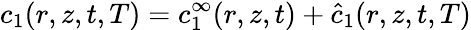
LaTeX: c_{1}(r,z,t,T)=c_{1}^{\infty}(r,z,t)+\hat{c}_{1}(r,z,t,T)